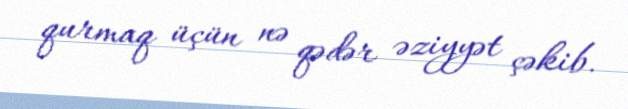
qurmaq üçün nə qədər əziyyət çəkib.